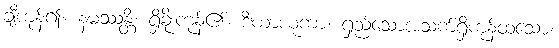
ချီကုန်၍။ နမဿန္တိ၊ ရှိခိုးကုန်၏။ ဒီဃာယုကာ၊ ရှည်သောအသက်ရှိကုန်ထသော။